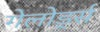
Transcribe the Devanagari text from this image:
गेलोर्ड्स